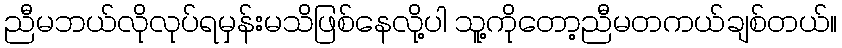
ညီမဘယ်လိုလုပ်ရမှန်းမသိဖြစ်နေလို့ပါ သူ့ကိုတော့ညီမတကယ်ချစ်တယ်။